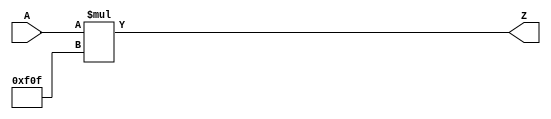
module umul_c3855_32_100(A, Z);
    input [31 : 0] A;
    output [31 : 0] Z;

    assign Z = A * 32'hf0f;
endmodule